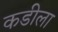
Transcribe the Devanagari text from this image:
कडीला